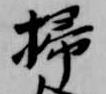
掃